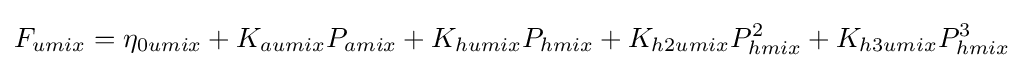
F_{umix}=\eta _{0umix}+K_{aumix}P_{amix}+K_{humix}P_{hmix}+K_{h2umix}P_{hmix}^{2}+K_{h3umix}P_{hmix}^{3}